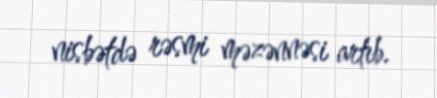
nisbətdə rəsmi məzənnəsi artıb.